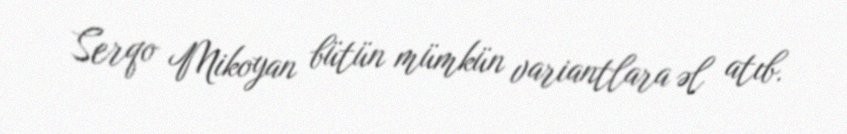
Serqo Mikoyan bütün mümkün variantlara əl atıb.